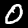
Label: 0